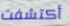
أكتشفت